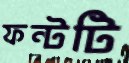
ফন্টটি